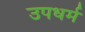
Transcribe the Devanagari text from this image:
उपधर्म